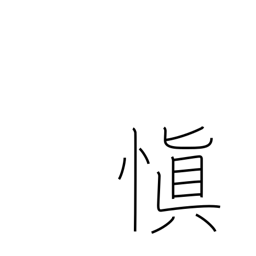
Meaning: chastity